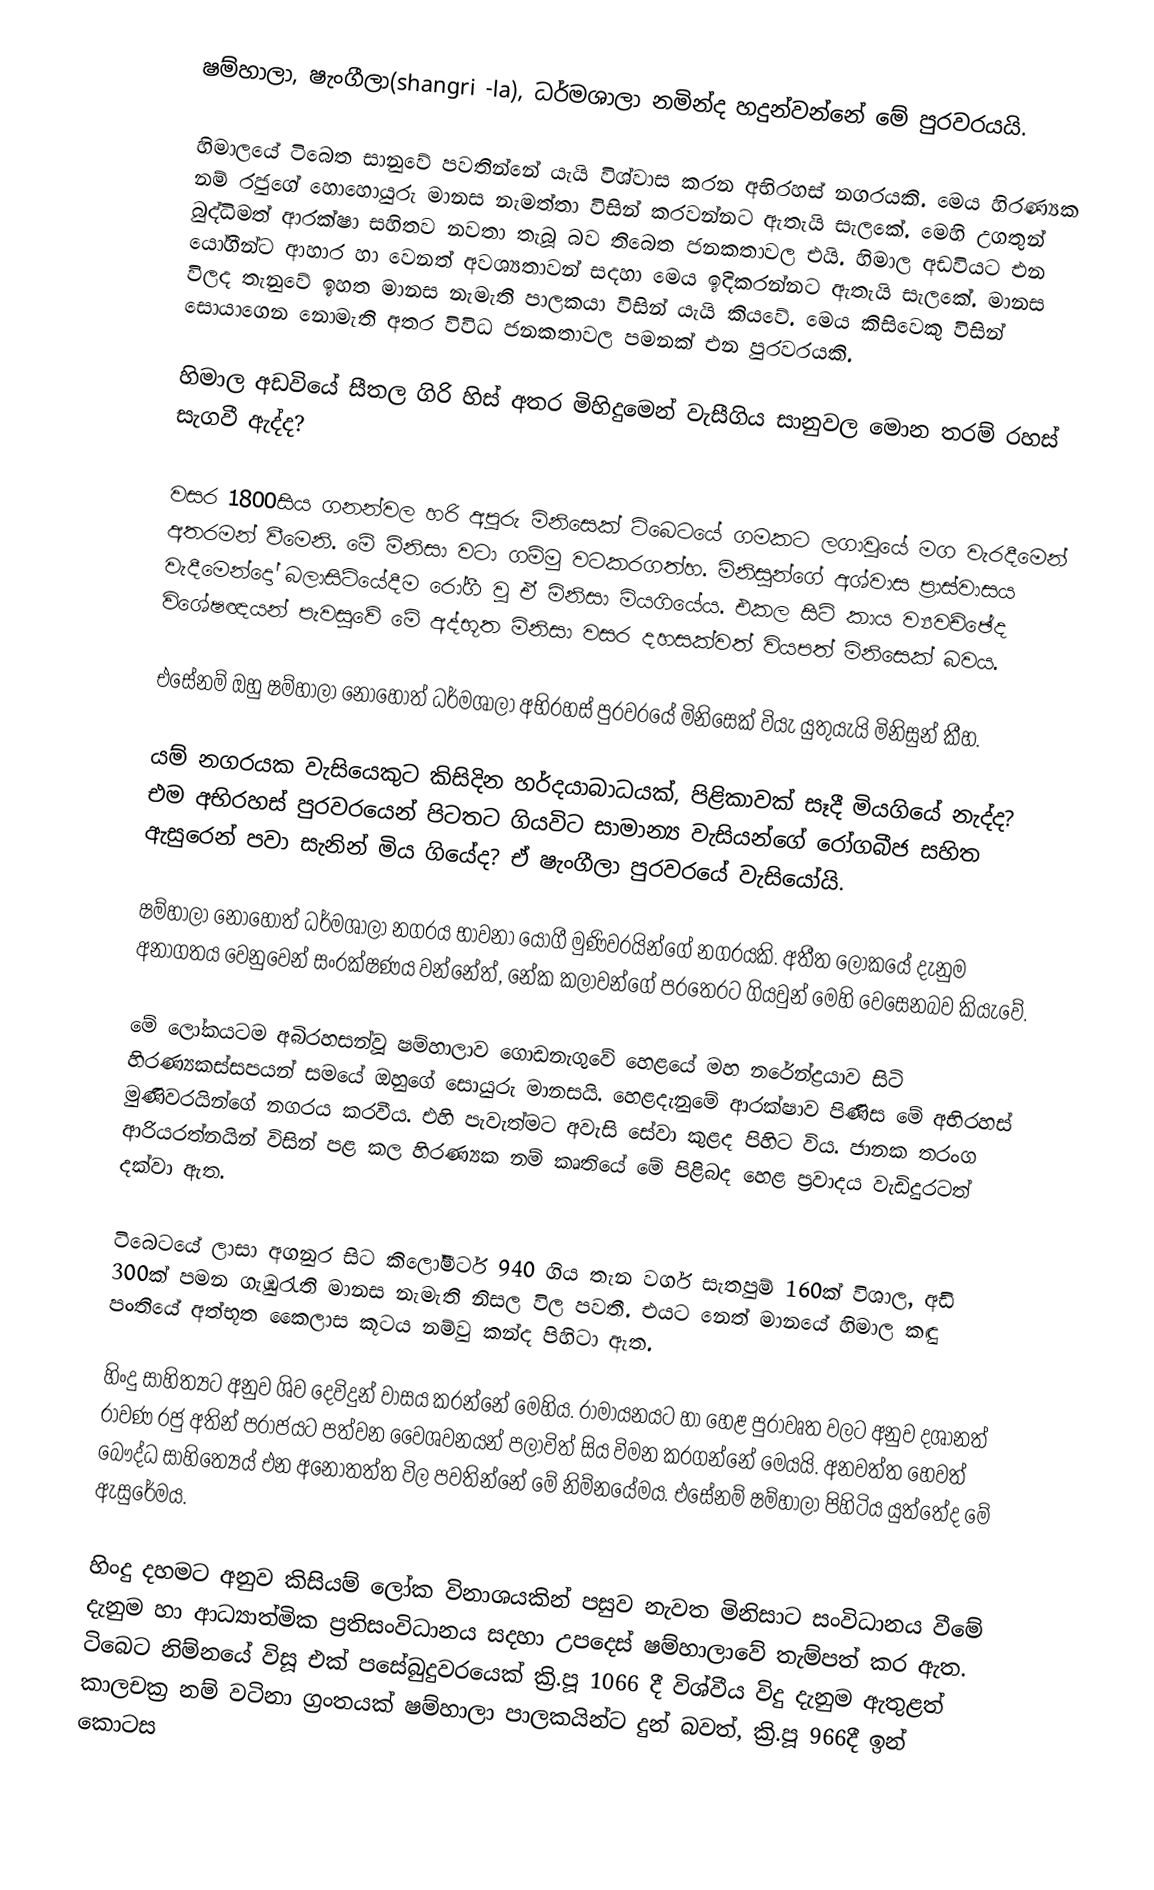
ෂම්හාලා, ෂැංගීලා(shangri -la), ධර්මශාලා නමින්ද හදුන්වන්නේ මේ  පුරවරයයි.

හිමාලයේ ටිබෙත සානුවේ පවතින්නේ යැයි විශ්වාස කරන අභිරහස් නගරයකි. මෙය හිරණ්‍යක නම් රජුගේ හොහොයුරු මානස නැමත්තා විසින් කරවන්නට ඇතැයි සැලකේ. මෙහි උගතුන් බුද්ධිමත් ආරක්ෂා සහිතව නවතා තැබූ බව තිබෙත ජනකතාවල එයි. හිමාල අඩවියට එන යෝගීන්ට ආහාර හා වෙනත් අවශ්‍යතාවන් සදහා මෙය ඉදිකරන්නට ඇතැයි සැලකේ. මානස විලද තැනුවේ ඉහත මානස නැමැති පාලකයා විසින් යැයි කියවේ. මෙය කිසිවෙකු විසින් සොයාගෙන නොමැති අතර විවිධ ජනකතාවල පමනක් එන පුරවරයකි.

හිමාල අඩවියේ සීතල ගිරි හිස් අතර මිහිදුමෙන් වැසීගිය සානුවල මොන තරම් රහස් සැගවී ඇද්ද?

වසර 1800සිය ගනන්වල හරි අපූරු මිනිසෙක් ටිබෙටයේ ගමකට ලගාවූයේ මග වැරදීමෙන් අතරමන් වීමෙනි.  මේ මිනිසා වටා ගම්මු වටකරගත්හ. මිනිසුන්ගේ අශ්වාස ප්‍රාස්වාසය වැදීමෙන්දෝ බලාසිටියේදීම රෝගී වූ ඒ මිනිසා මියගියේය. එකල සිටි කාය ව්‍යවච්ඡේද විශේෂඥයන් පැවසූවේ මේ අද්භූත මිනිසා වසර දහසක්වත් වියපත් මිනිසෙක් බවය.

එසේනම් ඔහු ෂම්හාලා නොහොත් ධර්මශාලා අභිරහස් පුරවරයේ මිනිසෙක් වියැ යුතුයැයි මිනිසුන් කීහ.

යම් නගරයක වැසියෙකුට කිසිදින හර්දයාබාධයක්, පිළිකාවක් සෑදී මියගියේ නැද්ද? එම අභිරහස් පුරවරයෙන් පිටතට ගියවිට සාමාන්‍ය වැසියන්ගේ රෝගබීජ සහිත ඇසුරෙන් පවා සැනින් මිය ගියේද? ඒ ෂැංගීලා පුරවරයේ වැසියෝයි.

ෂම්හාලා නොහොත් ධර්මශාලා නගරය භාවනා යෝගී මුණිවරයින්ගේ නගරයකි. අතීත ලෝකයේ දැනුම අනාගතය වෙනුවෙන් සංරක්ෂණය වන්නේත්, නේක කලාවන්ගේ පරතෙරට ගියවුන් මෙහි වෙසෙනබව කියැවේ.

මේ ලෝකයටම අබිරහසන්වූ ෂම්හාලාව ගොඩනැගුවේ හෙළයේ මහ නරේන්ද්‍රයාව සිටි හිරණ්‍යකස්සපයන් සමයේ ඔහුගේ සොයුරු මානසයි. හෙළදැනුමේ ආරක්ෂාව පිණිස මේ අභිරහස් මුණිවරයින්ගේ නගරය කරවීය. එහි පැවැත්මට අවැසි සේවා කුළද පිහිට විය. ජානක තරංග ආරියරත්නයින් විසින් පළ කල හිරණ්‍යක නම් කෘතියේ මේ පිළිබද හෙළ ප්‍රවාදය වැඩිදුරටත් දක්වා ඇත.

ටිබෙටයේ ලාසා අගනුර සිට කිලෝමීටර් 940 ගිය තැන වර්ග සැතපුම් 160ක් විශාල, අඩි 300ක් පමන ගැඹුරැති මානස නැමැති නිසල විල පවතී. එයට නෙත් මානයේ හිමාල කඳු පංතියේ අත්භූත කෛලාස කූටය නම්වු කන්ද පිහිටා ඇත.

හිංදු සාහිත්‍යට අනුව ශිව දෙවිදුන් වාසය කරන්නේ මෙහිය. රාමායනයට හා හෙළ පුරාවෘත වලට අනුව දශානත් රාවණ රජු අතින් පරාජයට පත්වන වෛශවනයන් පලාවිත් සිය විමන කරගන්නේ මෙයයි. අනවත්ත හෙවත් බෞද්ධ සාහිත්‍යෙය් එන අනෝතත්ත විල පවතින්නේ මේ නිම්නයේමය. එසේනම් ෂම්හාලා පිහිටිය යුත්තේද මේ ඇසුරේමය.

හිංදු දහමට අනුව කිසියම් ලෝක විනාශයකින් පසුව නැවත මිනිසාට සංවිධානය වීමේ දැනුම හා ආධ්‍යාත්මික ප්‍රතිසංවිධානය සදහා උපදෙස් ෂම්හාලාවේ තැම්පත් කර ඇත. ටිබෙට නිම්නයේ විසූ එක් පසේබුදුවරයෙක් ක්‍රි.පූ 1066 දී විශ්වීය විදු දැනුම ඇතුළත් කාලචක්‍ර නම් වටිනා ග්‍රංතයක් ෂම්හාලා පාලකයින්ට දුන් බවත්, ක්‍රි.පූ 966දී ඉන් කොටස